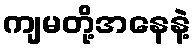
ကျမတို့အနေနဲ့